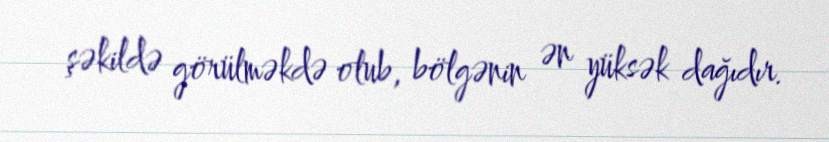
şəkildə görülməkdə olub, bölgənin ən yüksək dağıdır.